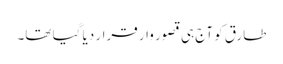
طارق کو آج ہی قصور وار قرار دیا گیا تھا۔